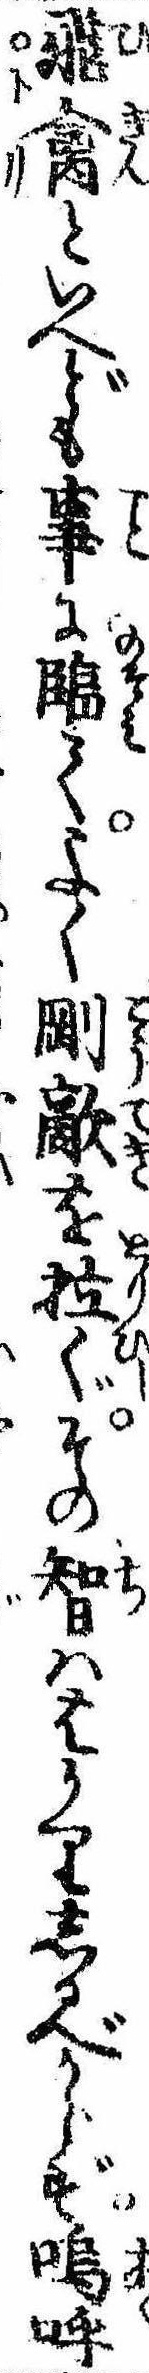
飛禽といへども事に臨てよく剛敵を拉ぐその智ははかりしるべからず嗚呼